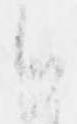
候